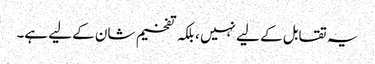
یہ تقابل کے لیے نہیں ، بلکہ تفخیم شان کے لیے ہے۔